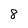
Character: 8